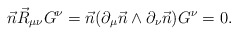
\begin{align*}\vec{n} \vec{R}_{\mu \nu} G^\nu=\vec{n} (\partial_\mu \vec{n} \wedge \partial_\nu\vec{n}) G^\nu=0.\end{align*}